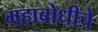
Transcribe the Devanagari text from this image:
महाबोधीचे